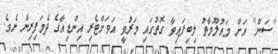
"ސަން" އަށް މައުލޫމާތު ލިބިފައިވާ ގޮތުގައި މަރުވީ އަވަށްޓެރި އިންޑިއާގެ ދެމަފިރިން ނެވެ.